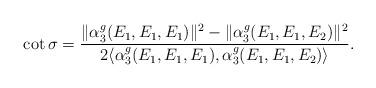
LaTeX: \begin{align*}\cot\sigma=\frac{\Vert\alpha^g_3(E_1,E_1,E_1)\Vert^2-\Vert\alpha^g_3(E_1,E_1,E_2)\Vert^2}{2\langle \alpha^g_3(E_1,E_1,E_1),\alpha^g_3(E_1,E_1,E_2) \rangle}.\end{align*}